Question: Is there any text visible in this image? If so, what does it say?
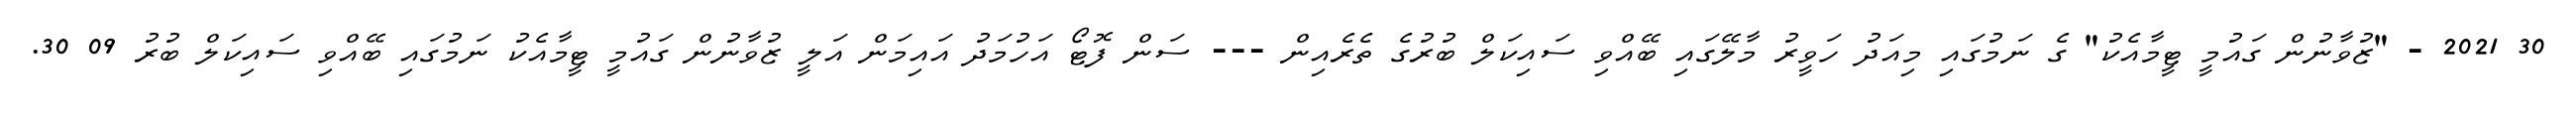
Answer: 30 2021 - "ޒުވާނުން ގައުމީ ޓީމާއެކު" ގެ ނަމުގައި މިއަދު ހަވީރު މާލޭގައި ބޭއްވި ސައިކަލް ބުރުގެ ތެރެއިން --- ސަން ފޮޓޯ އަހުމަދު އައިމަން އަލީ ޒުވާނުން ގައުމީ ޓީމާއެކު ނަމުގައި ބޭއްވި ސައިކަލް ބުރު 09 30.